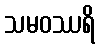
သမဝဿရိ